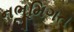
નભૂમિગત